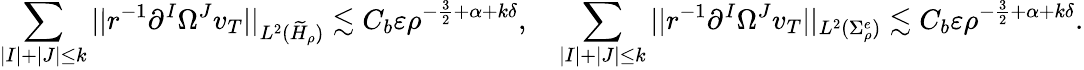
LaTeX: \sum_{|I|+|J|\leq k}||r^{-1}\partial^{I}\Omega^{J}v_{T}||_{L^{2}(\widetilde H_{\rho})}\lesssim C_{b}\varepsilon\rho^{-\frac 32+\alpha+k\delta},\quad\sum_{|I|+|J|\leq k}||r^{-1}\partial^{I}\Omega^{J}v_{T}||_{L^{2}(\Sigma_{\rho}^{e})}\lesssim C_{b}\varepsilon\rho^{-\frac 32+\alpha+k\delta}.